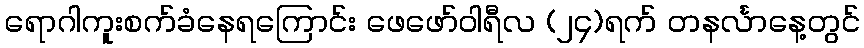
ရောဂါကူးစက်ခံနေရကြောင်း ဖေဖော်ဝါရီလ (၂၄)ရက် တနင်္လာနေ့တွင်